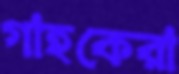
গাহকেরা